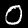
Label: 0